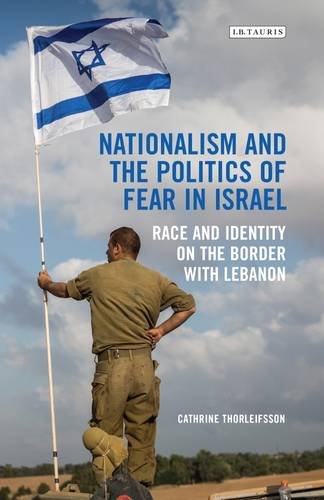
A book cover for Nationalism and the Politics of Fear in Israel: Peace and Identity on the Border with Lebanon (Library of Modern Middle East Studies); Cathrine Furberg Moe; History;